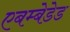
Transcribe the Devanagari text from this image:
एबम्बेडेड